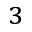
^ { 3 }